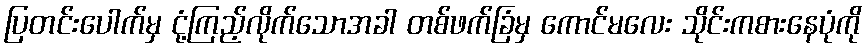
ပြတင်းပေါက်မှ ငုံ့ကြည့်လိုက်သောအခါ တစ်ဖက်ခြံမှ ကောင်မလေး သိုင်းကစားနေပုံကို